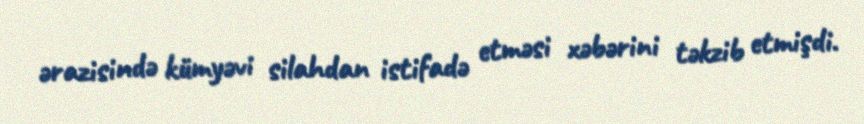
ərazisində kümyəvi silahdan istifadə etməsi xəbərini təkzib etmişdi.